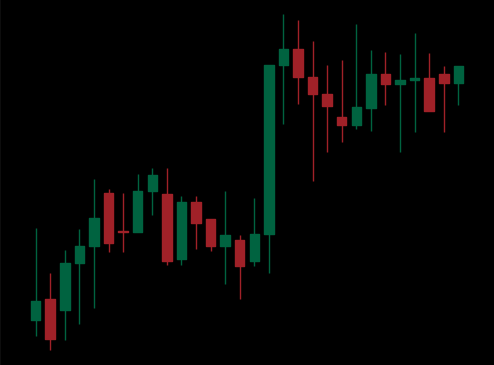
Pattern: unclassified